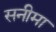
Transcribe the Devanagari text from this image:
सनीमा